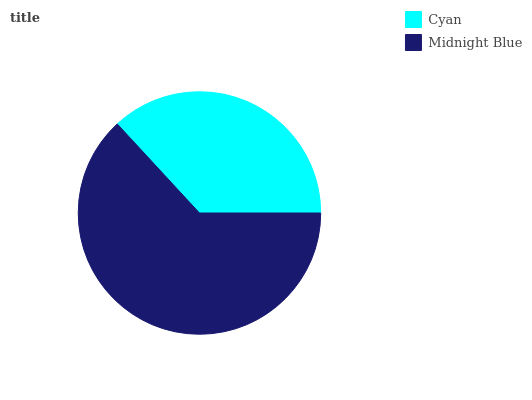
| Cyan | Midnight Blue |
 | --- | --- |
 | 36.9% | 63.1% |